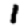
Digit: 1